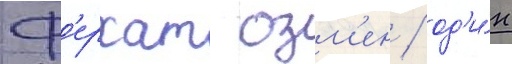
Ф'ерхат озм'ен / од'и́н